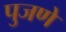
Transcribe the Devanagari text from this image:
पुजणे